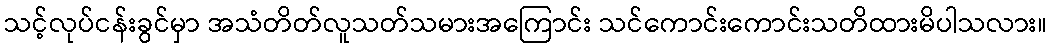
သင့်လုပ်ငန်းခွင်မှာ အသံတိတ်လူသတ်သမားအကြောင်း သင်ကောင်းကောင်းသတိထားမိပါသလား။